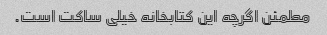
مطمئن اگرچه این کتابخانه خیلی ساکت است.